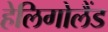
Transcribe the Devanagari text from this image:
हेलिगोलैंड